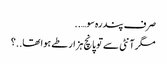
صرف پندرہ سو…..
مگر آنٹی سے تو پانچ ہزار طے ہوا تھا..؟